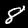
Label: 8